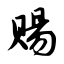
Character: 赐